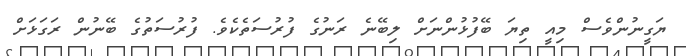
ޔަގީނުންވެސް މިއީ ތިޔަ ބޭފުޅުންނަށް ލިބޭނެ ރަނުގެ ފުރުސަތެކެވެ. ފުރުސަތުގެ ބޭނުން ރަގަޅަށް